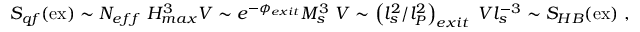
S _ { q f } ( \mathrm { e x } ) \sim N _ { e f f } ~ H _ { m a x } ^ { 3 } V \sim e ^ { - \phi _ { e x i t } } M _ { s } ^ { 3 } ~ V \sim \left( l _ { s } ^ { 2 } / l _ { P } ^ { 2 } \right) _ { e x i t } ~ V l _ { s } ^ { - 3 } \sim S _ { H B } ( \mathrm { e x } ) ~ ,